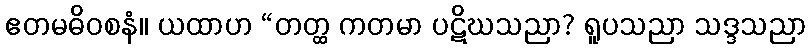
ဧတမဓိဝစနံ။ ယထာဟ “တတ္ထ ကတမာ ပဋိဃသညာ? ရူပသညာ သဒ္ဒသညာ